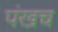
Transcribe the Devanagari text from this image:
पंखच